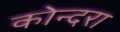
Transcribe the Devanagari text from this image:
कोन्दरा